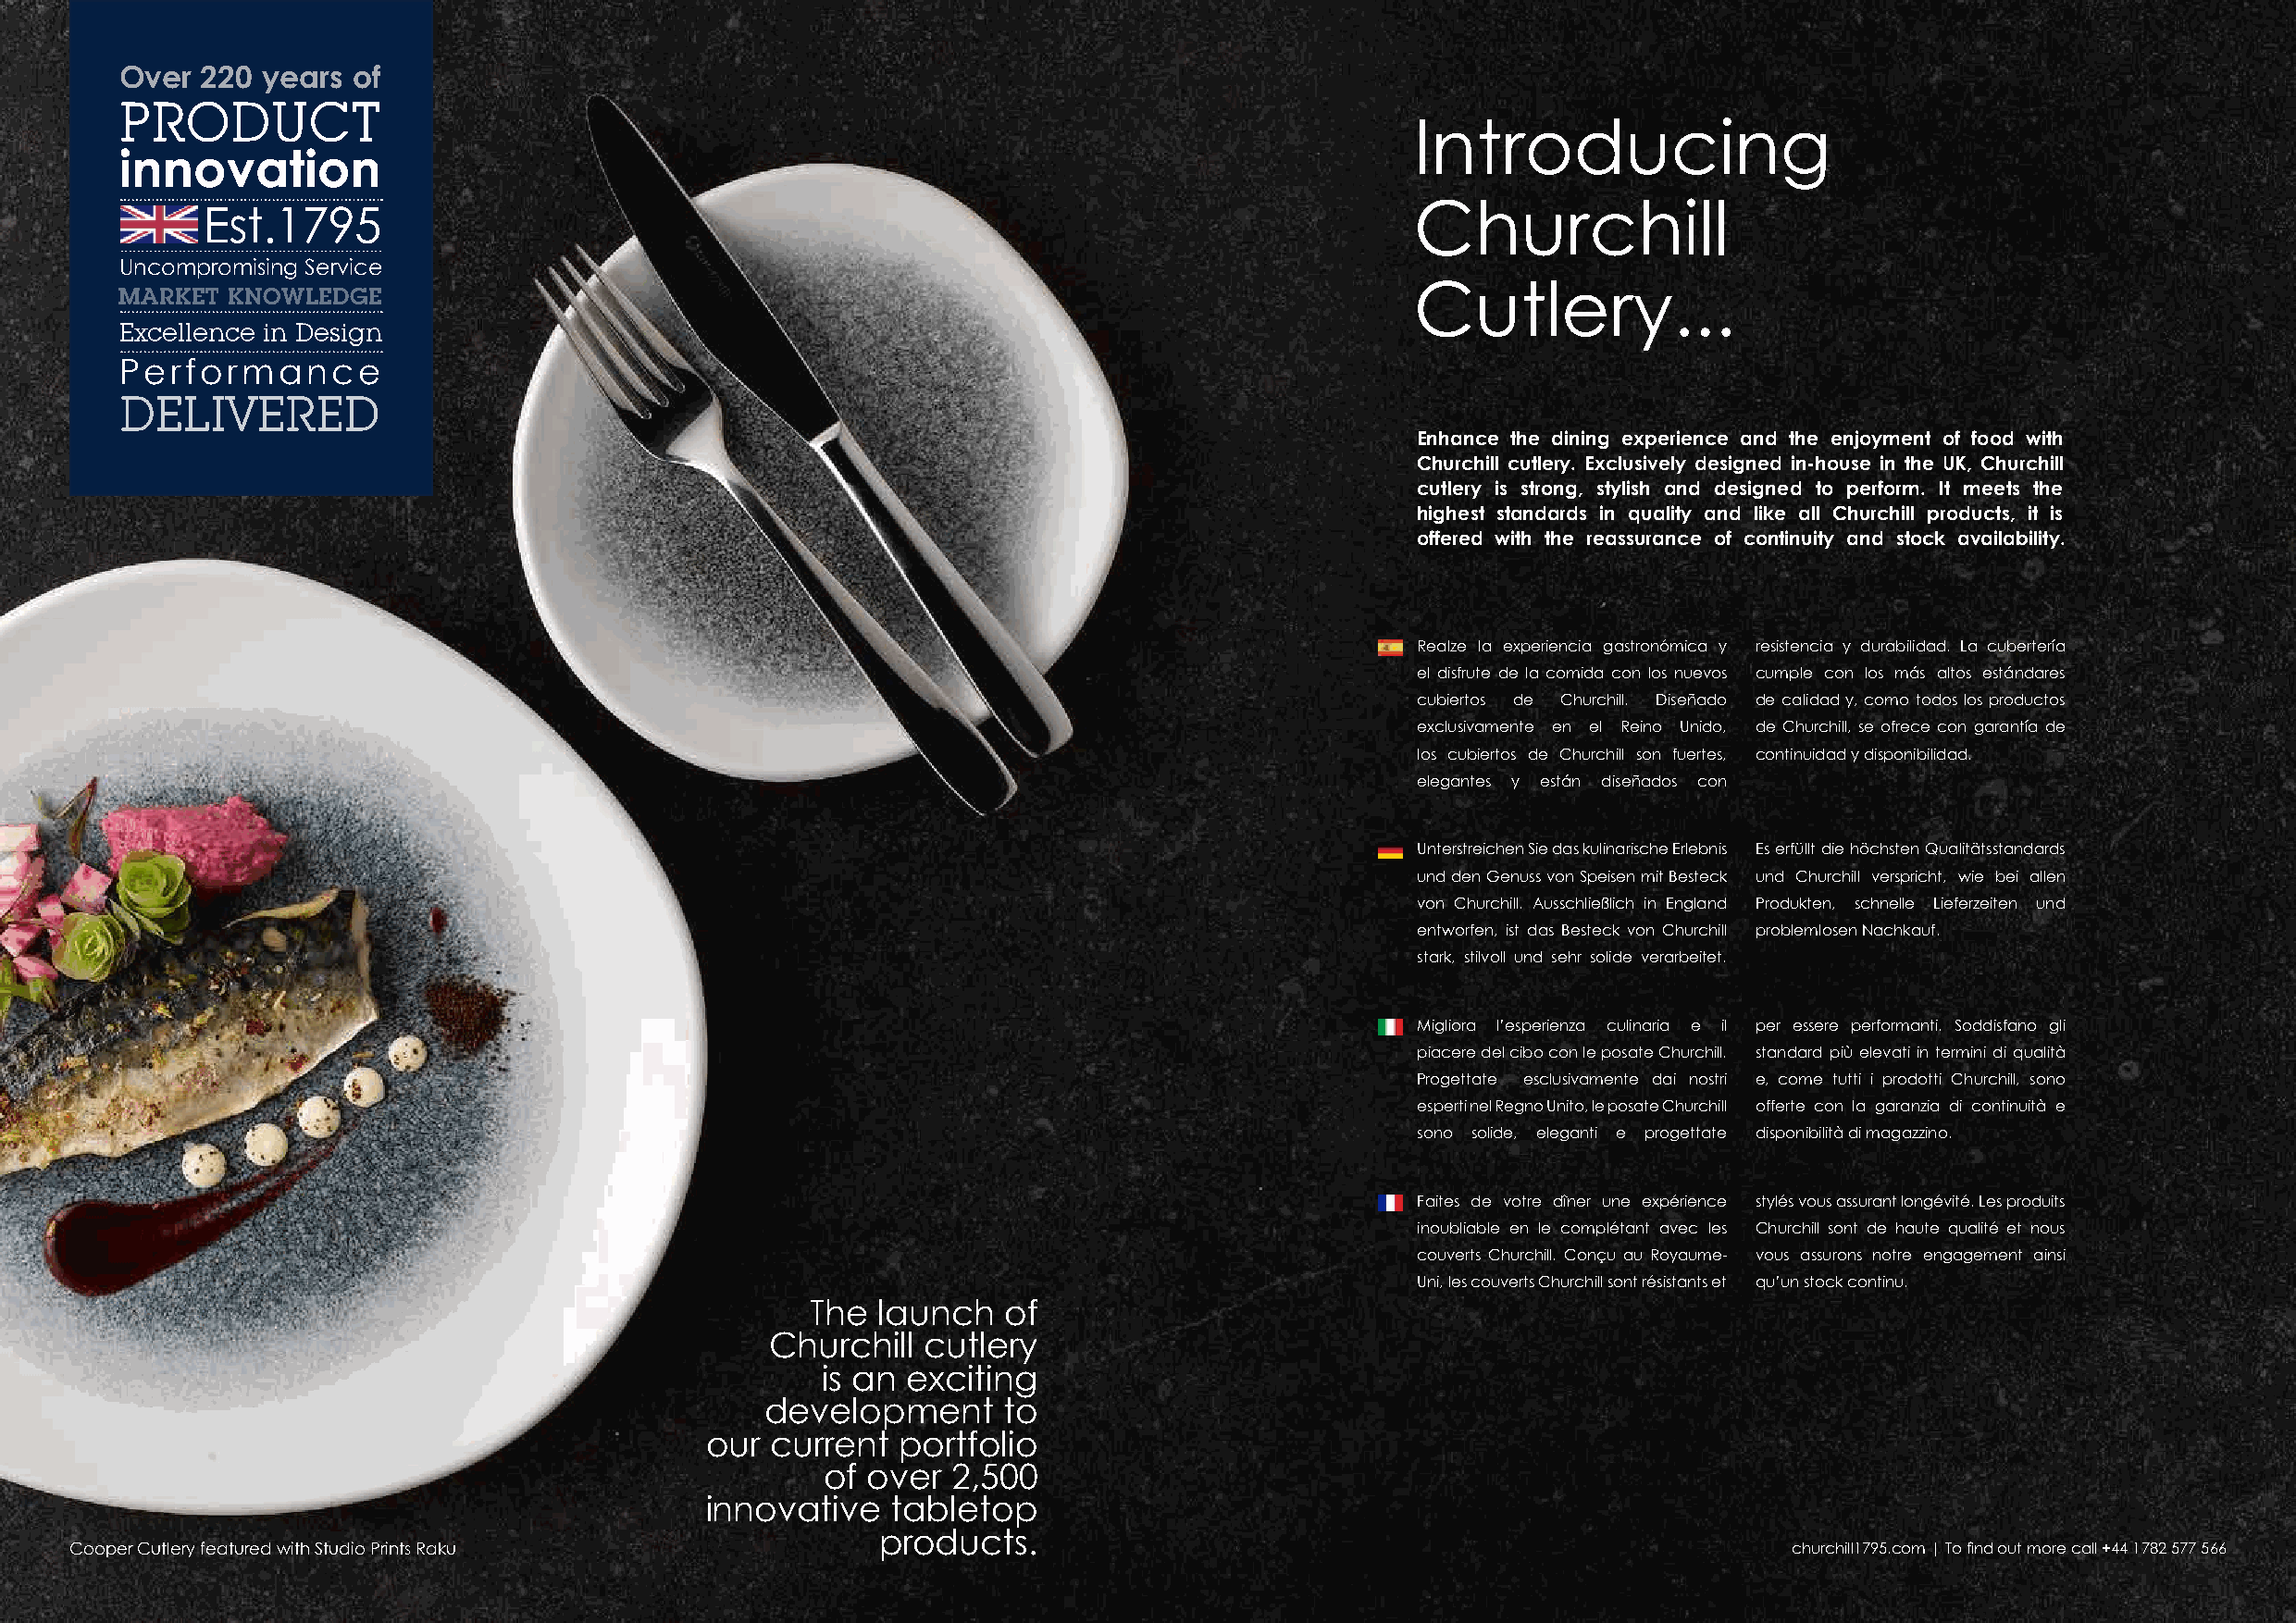
Over 220  years of
 PRODUCT
 Introducing
 innovation
 Churchill
 Est.1795
 Uncompromising Service
 MARKET  KNOWLEDGE                                                                            Cutlery...
 Excellence in Design
 Performance
 DELIVERED
 Enhance the dining experience and the enjoyment of food with
 Churchill cutlery. Exclusively designed in-house in the UK, Churchill
 cutlery is strong, stylish and designed to perform. It meets the
 highest standards in quality and like all Churchill products, it is
 offered with the reassurance of continuity and stock availability.
 Realze la experiencia gastronómica y resistencia y durabilidad. La cubertería
 el disfrute de la comida con los nuevos cumple con los más altos estándares
 cubiertos de Churchill. Diseñado de calidad y, como todos los productos
 exclusivamente en el Reino Unido, de Churchill, se ofrece con garantía de
 los cubiertos de Churchill son fuertes, continuidad y disponibilidad.
 elegantes y están diseñados con
 Unterstreichen Sie das kulinarische Erlebnis Es erfüllt die höchsten Qualitätsstandards
 und den Genuss von Speisen mit Besteck und Churchill verspricht, wie bei allen
 von Churchill. Ausschließlich in England Produkten, schnelle Lieferzeiten und
 entworfen, ist das Besteck von Churchill problemlosen Nachkauf.
 stark, stilvoll und sehr solide verarbeitet.
 Migliora l’esperienza culinaria e il per essere performanti. Soddisfano gli
 piacere del cibo con le posate Churchill. standard più elevati in termini di qualità
 Progettate esclusivamente dai nostri e, come tutti i prodotti Churchill, sono
 esperti nel Regno Unito, le posate Churchill offerte con la garanzia di continuità e
 sono solide, eleganti e progettate disponibilità di magazzino.
 Faites de votre dîner une expérience stylés vous assurant longévité. Les produits
 inoubliable en le complétant avec les Churchill sont de haute qualité et nous
 couverts Churchill. Conçu au Royaume- vous assurons notre engagement ainsi
 Uni, les couverts Churchill sont résistants et qu’un stock continu.
 The  launch   of
 Churchill  cutlery
 is an exciting
 development      to
 our  current  portfolio
 of over  2,500
 innovative    tabletop
 products.
 Cooper Cutlery featured with Studio Prints Raku                                                                            churchill1795.com | To find out more call +44 1782 577 566